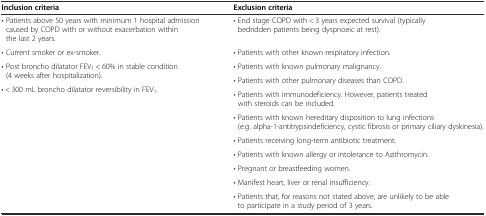
<table><thead><tr><td><b>Inclusion criteria</b></td><td><b>Exclusion criteria</b></td></tr></thead><tbody><tr><td>• Patients above 50 years with minimum 1 hospital admission caused by COPD with or without exacerbation within the last 2 years.</td><td>• End stage COPD with &lt; 3 years expected survival (typically bedridden patients being dyspnoeic at rest).</td></tr><tr><td>• Current smoker or ex-smoker.</td><td>• Patients with other known respiratory infection.</td></tr><tr><td rowspan="2">• Post broncho dilatator FEV<sub>1</sub> &lt; 60% in stable condition (4 weeks after hospitalization).</td><td>• Patients with known pulmonary malignancy.</td></tr><tr><td rowspan="2">• Patients with other pulmonary diseases than COPD.</td></tr><tr><td rowspan="8">• &lt; 300 mL broncho dilatator reversibility in FEV<sub>1</sub>.</td></tr><tr><td>• Patients with immunodeficiency. However, patients treated with steroids can be included.</td></tr><tr><td>• Patients with known hereditary disposition to lung infections (e.g. alpha-1-antitrypsindeficiency, cystic fibrosis or primary ciliary dyskinesia).</td></tr><tr><td>• Patients receiving long-term antibiotic treatment.</td></tr><tr><td>• Patients with known allergy or intolerance to Azithromycin.</td></tr><tr><td>• Pregnant or breastfeeding women.</td></tr><tr><td>• Manifest heart, liver or renal insufficiency.</td></tr><tr><td>• Patients that, for reasons not stated above, are unlikely to be able to participate in a study period of 3 years.</td></tr></tbody></table>